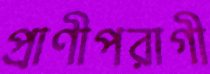
প্রাণীপরাগী